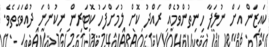
ކައިޒަން އަށް ނުލަފާ ހިނިތުންވުމެއް ރައްދު ކޮށް ލުމަށްފަހު ކޮޓަރިން ނިކުންނަ ދުއްވަގަތެވެ.